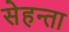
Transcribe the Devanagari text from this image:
सेहन्‍ता